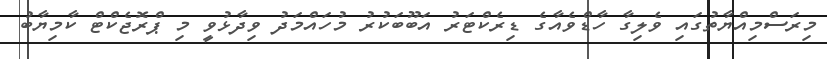
މިރަސްމިއްޔާތުގައި ވެލިގާ ހާޑްވެއާގެ ޑިރެކްޓަރު އަބޫބަކުރު މުހައްމަދު ވިދާޅުވީ މި ޕްރޮޖެކްޓް ކާމިޔާބު